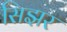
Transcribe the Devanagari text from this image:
सिझर